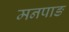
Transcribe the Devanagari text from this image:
मनपाङ